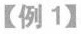
【例1】